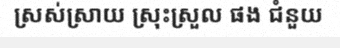
ស្រស់ស្រាយ ស្រុះស្រួល ផង ជំនួយ